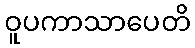
ဝူပကာသာပေတိ